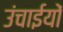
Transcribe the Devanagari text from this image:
उंचाईयों